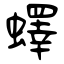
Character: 蠌